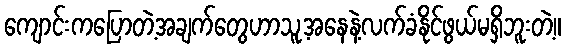
ကျောင်းကပြောတဲ့အချက်တွေဟာသူ့အနေနဲ့လက်ခံနိုင်ဖွယ်မရှိဘူးတဲ့။